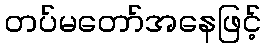
တပ်မတော်အနေဖြင့်